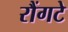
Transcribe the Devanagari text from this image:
रौंगटे